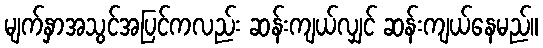
မျက်နှာအသွင်အပြင်ကလည်း ဆန်းကျယ်လျှင် ဆန်းကျယ်နေမည်။